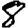
Digit: 8